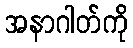
အနာဂါတ်ကို